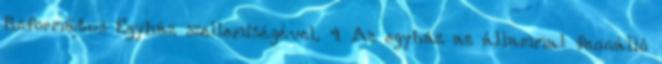
Református Egyház szellemiségével. 4 Az egyház az állammal fennálló